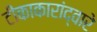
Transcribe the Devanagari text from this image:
टीकाकारांद्वारे